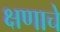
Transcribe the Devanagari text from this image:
क्षणाचे